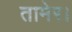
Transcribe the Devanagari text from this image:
तामेर।